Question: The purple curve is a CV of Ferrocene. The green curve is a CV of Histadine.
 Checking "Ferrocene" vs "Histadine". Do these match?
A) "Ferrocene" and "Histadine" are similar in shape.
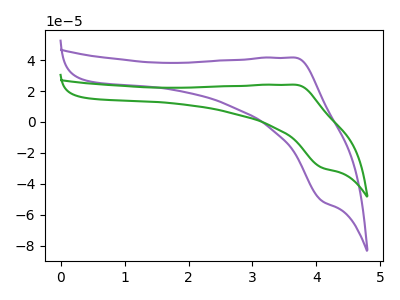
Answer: <think>The purple curve "Ferrocene" has an anodic peak at (3.65V, 41.60uA) and a cathodic peak at (4.10V, -51.10uA). The green curve "Histadine" has an anodic peak at (3.65V, 24.10uA) and a cathodic peak at (4.10V, -29.60uA).
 All the peaks in "Ferrocene" have a peak in "Histadine" at the same potential. Every peak in "Ferrocene" is higher than every peak in "Histadine".</think>
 <answer>A) "Ferrocene" and "Histadine" are similar in shape.</answer>
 <eval>A</eval>